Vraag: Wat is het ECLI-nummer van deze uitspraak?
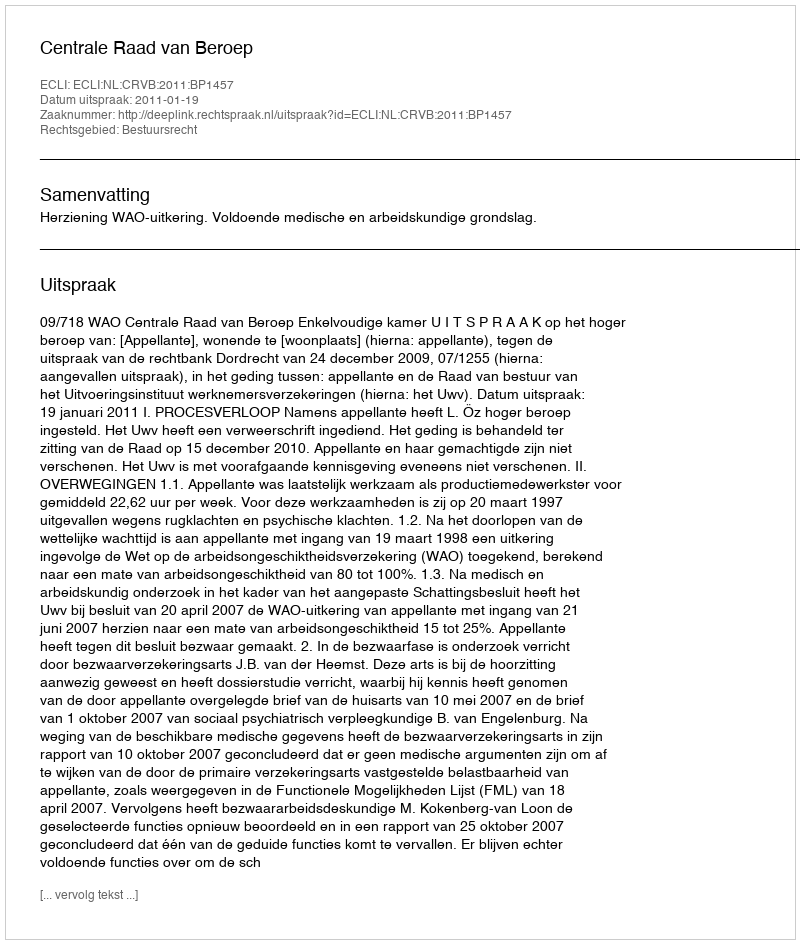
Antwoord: ECLI:NL:CRVB:2011:BP1457